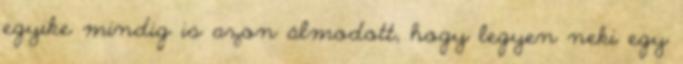
egyike mindig is azon álmodott, hogy legyen neki egy